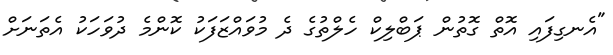
"އެނގިފައި އޮތް ގޮތުން ޕަބްލިކް ހެލްތުގެ ދެ މުވައްޒަފަކު ކޮންމެ ދުވަހަކު އެތަނަށް